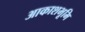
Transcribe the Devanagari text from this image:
आकाशभूमि